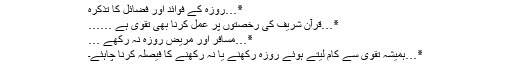
٭…روزہ کے فوائد اور فضائل کا تذکرہ
٭…قرآن شریف کی رخصتوں پر عمل کرنا بھی تقویٰ ہے ……
٭…مسافر اور مریض روزہ نہ رکھے …
٭…ہمیشہ تقویٰ سے کام لیتے ہوئے روزہ رکھنے یا نہ رکھنے کا فیصلہ کرنا چاہئے۔